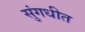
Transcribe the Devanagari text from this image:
सुंगधीत